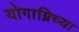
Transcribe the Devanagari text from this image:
योगाग्निच्या